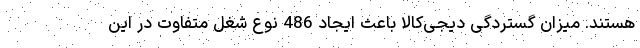
هستند. میزان گستردگی دیجی‌کالا باعث ایجاد 486 نوع شغل متفاوت در این